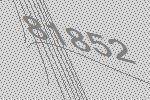
81852